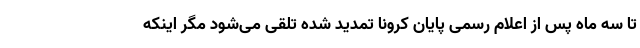
تا سه ماه پس از اعلام رسمی پایان کرونا تمدید شده تلقی می‌شود مگر اینکه